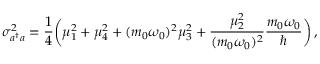
\sigma _ { a ^ { \dagger } a } ^ { 2 } = { \frac { 1 } { 4 } } \biggl ( \mu _ { 1 } ^ { 2 } + \mu _ { 4 } ^ { 2 } + ( m _ { 0 } \omega _ { 0 } ) ^ { 2 } \mu _ { 3 } ^ { 2 } + { \frac { \mu _ { 2 } ^ { 2 } } { ( m _ { 0 } \omega _ { 0 } ) ^ { 2 } } } { \frac { m _ { 0 } \omega _ { 0 } } { \hbar } } \biggr ) \, ,